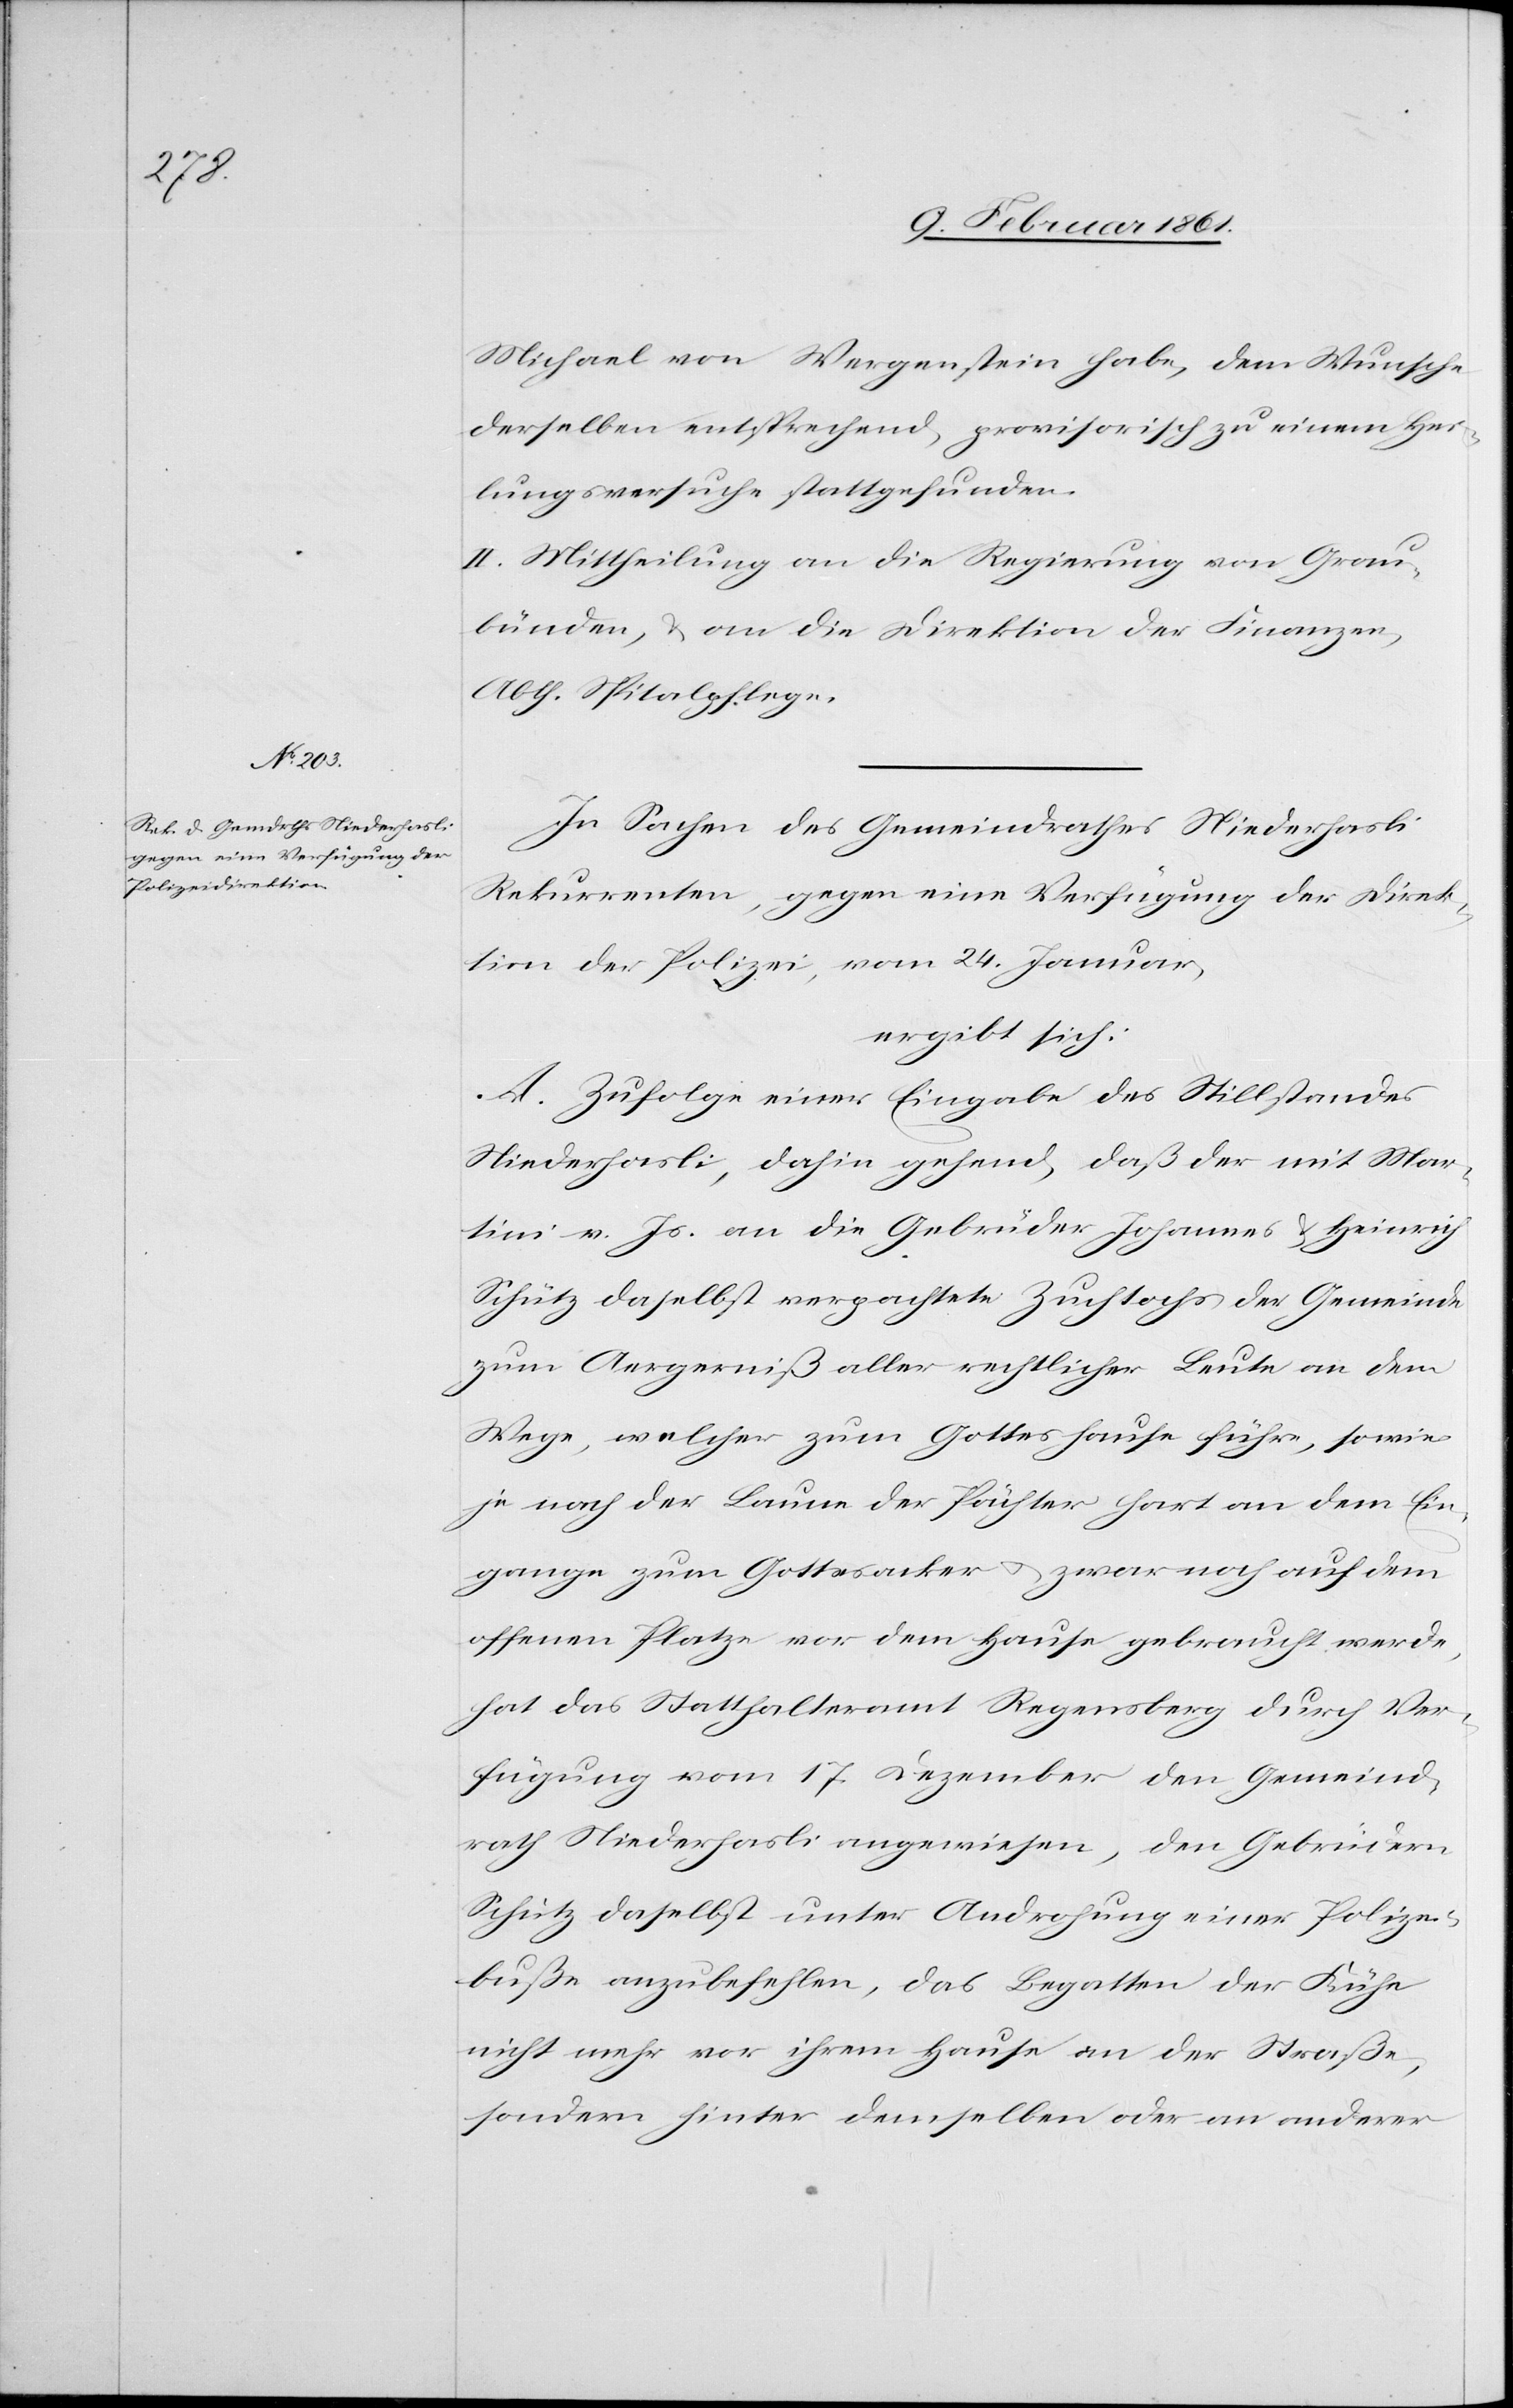
Michael von Wergenstein habe, dem Wunsche
derselben entsprechend, provisorisch zu einem Hei¬
lungsversuche stattgefunden.
II. Mittheilung an die Regierung von Grau¬
bünden, u. an die Direktion der Finanzen,
Abth. Spitalpflege.
In Sachen des Gemeindrathes Niederhasli
Rekurrenten, gegen eine Verfügung der Direk¬
tion der Polizei, vom 24. Januar,
ergibt sich:
A. Zufolge einer Eingabe des Stillstandes
Niederhasli, dahin gehend, daß der mit Mar¬
tini v. Js. an die Gebrüder Johannes u. Heinrich
Schütz daselbst verpachtete Zuchtochs der Gemeinde
zum Aergerniß aller rechtlicher Leute an dem
Wege, welcher zum Gotteshause führe, sowie
je nach der Laune der Pächter hart an dem Ein¬
gange zum Gottesacker u. zwar noch auf dem
offenen Platze vor dem Hause gebraucht werde,
hat das Statthalteramt Regensberg durch Ver¬
fügung vom 17. Dezember den Gemeind¬
rath Niederhasli angewiesen, den Gebrüdern
Schütz daselbst unter Androhung einer Polizei¬
buße anzubefehlen, das Begatten der Kühe
nicht mehr vor ihrem Hause an der Straße,
sondern hinter demselben oder an anderer